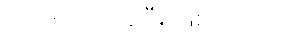
ဆင်းကြည့်ခဲ့ပြီး ဖြစ်ပါတယ်။